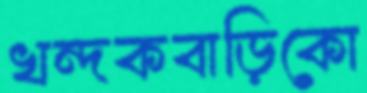
খন্দকবাড়িকো